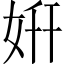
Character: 姸